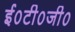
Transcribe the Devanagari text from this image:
ई०टी०जी०